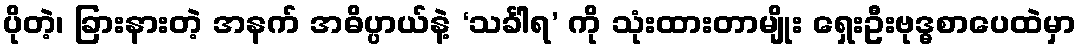
ပိုတဲ့၊ ခြားနားတဲ့ အနက် အဓိပ္ပာယ်နဲ့ ‘သင်္ခါရ’ ကို သုံးထားတာမျိုး ရှေးဦးဗုဒ္ဓစာပေထဲမှာ